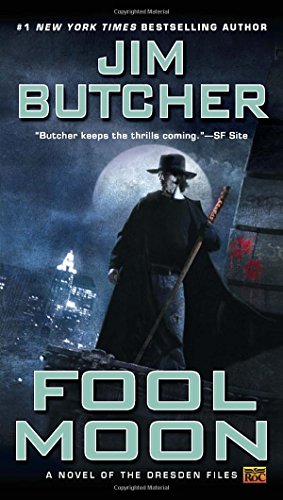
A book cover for Fool Moon: Book two of The Dresden Files; Jim Butcher; Science Fiction & Fantasy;